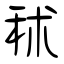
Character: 秫